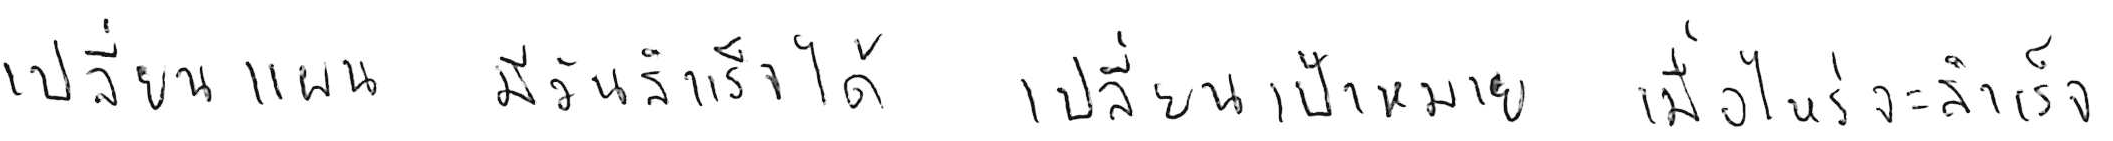
เปลี่ยนแผน มีวันสำเร็จได้ เปลี่ยนเป้าหมาย เมื่อไหร่จะสำเร็จ